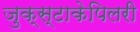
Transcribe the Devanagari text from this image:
जुक्स्टाकेपिलरी